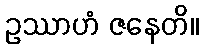
ဥဿာဟံ ဇနေတိ။